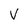
Character: V